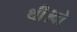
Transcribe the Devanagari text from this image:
थी।वो